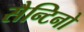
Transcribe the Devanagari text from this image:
सैन्टिनो